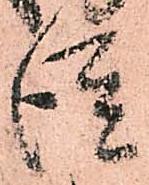
徒